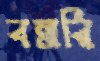
বল্লরি